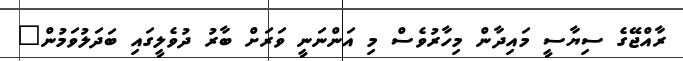
ރާއްޖޭގެ ސިޔާސީ މައިދާން މިހާރުވެސް މި އަންނަނީ ވަރަށް ބާރު ދުވެލީގައި ބަދަލުވަމުން"